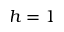
h = 1